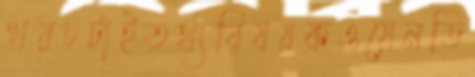
খরচটাইতথ্যবিষয়কওয়েনডি